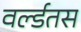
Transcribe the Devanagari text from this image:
वर्ल्डतस